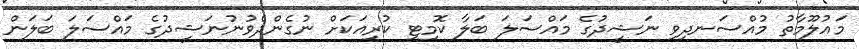
މައުލޫމާތު މުއްސަނދިވި ނަޝީދުގެ މައްސަލަ ބަލާ ކޮމިޓީ ކުރިއަކަށް ނުގެންދެވުނުނަޝީދުގެ މައްސަލަ ބަލަން